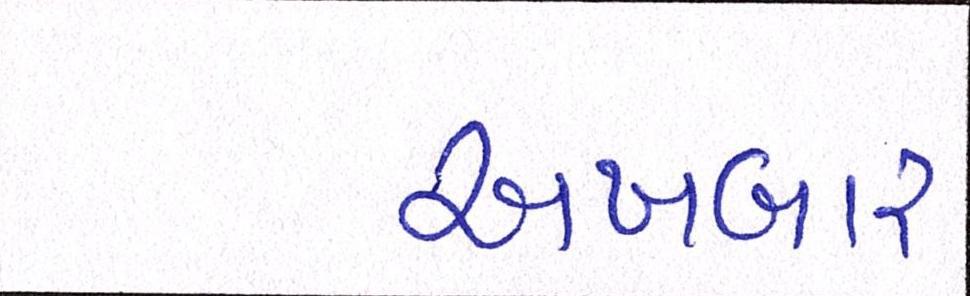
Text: અખબાર